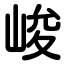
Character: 峻